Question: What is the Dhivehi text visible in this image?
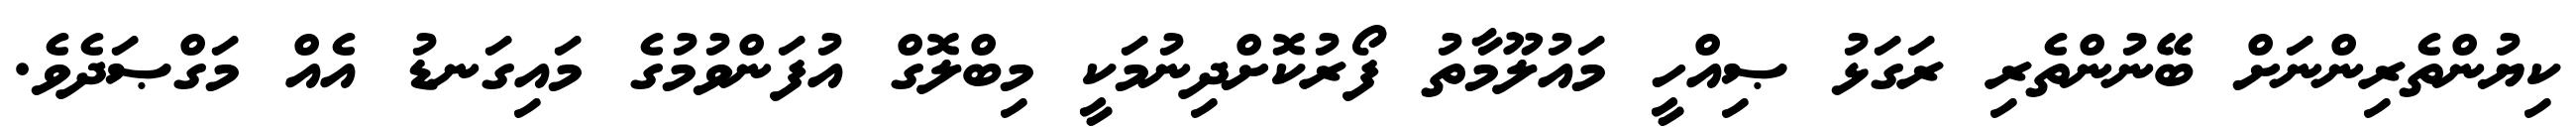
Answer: ކިޔުންތެރިންނަށް ބޭނުންތެރި ރަގަޅު ޞިއްހީ މައުލޫމާތު ފޯރުކޮށްދިނުމަކީ މިބްލޮގް އުފަންވުމުގެ މައިގަނޑު އެއް މަގްޞަދެވެ.